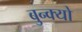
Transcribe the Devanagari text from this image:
बुन्क्यो